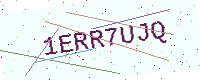
Text: 1ERR7UJQ